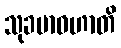
သုခမာဝဟာတိ